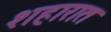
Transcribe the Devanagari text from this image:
शहारात